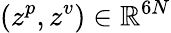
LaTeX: (z^{p},z^{v})\in\mathbb{R}^{6N}